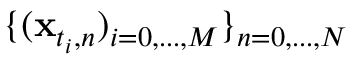
\{ ( \mathbf { x } _ { t _ { i } , n } ) _ { i = 0 , . . . , M } \} _ { n = 0 , . . . , N }